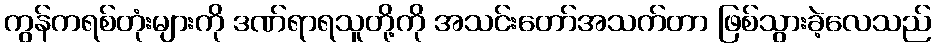
ကွန်ကရစ်တုံးများကို ဒဏ်ရာရသူတို့ကို အသင်းတော်အသက်တာ ဖြစ်သွားခဲ့လေသည်